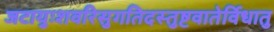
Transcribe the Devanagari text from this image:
जटायुःशवरिसुगतिदस्तुष्टवातेर्विधातु